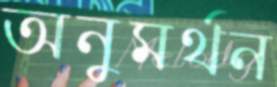
অনুমর্থন